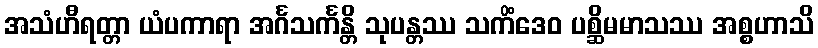
အသံဟီရတ္တာ ယံပကာရာ အင်္ဂသင်္ကန္တိ သုပန္တဿ သကိံဒေဝ ပစ္ဆိမမာသဿ အစ္စဟာသိ